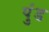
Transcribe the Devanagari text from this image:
पुंड